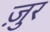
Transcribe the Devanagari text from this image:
ज़ुर